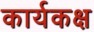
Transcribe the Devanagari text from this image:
कार्यकक्ष